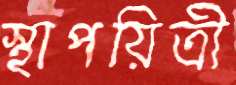
স্থাপয়িত্রী